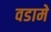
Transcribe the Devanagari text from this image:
वडामे